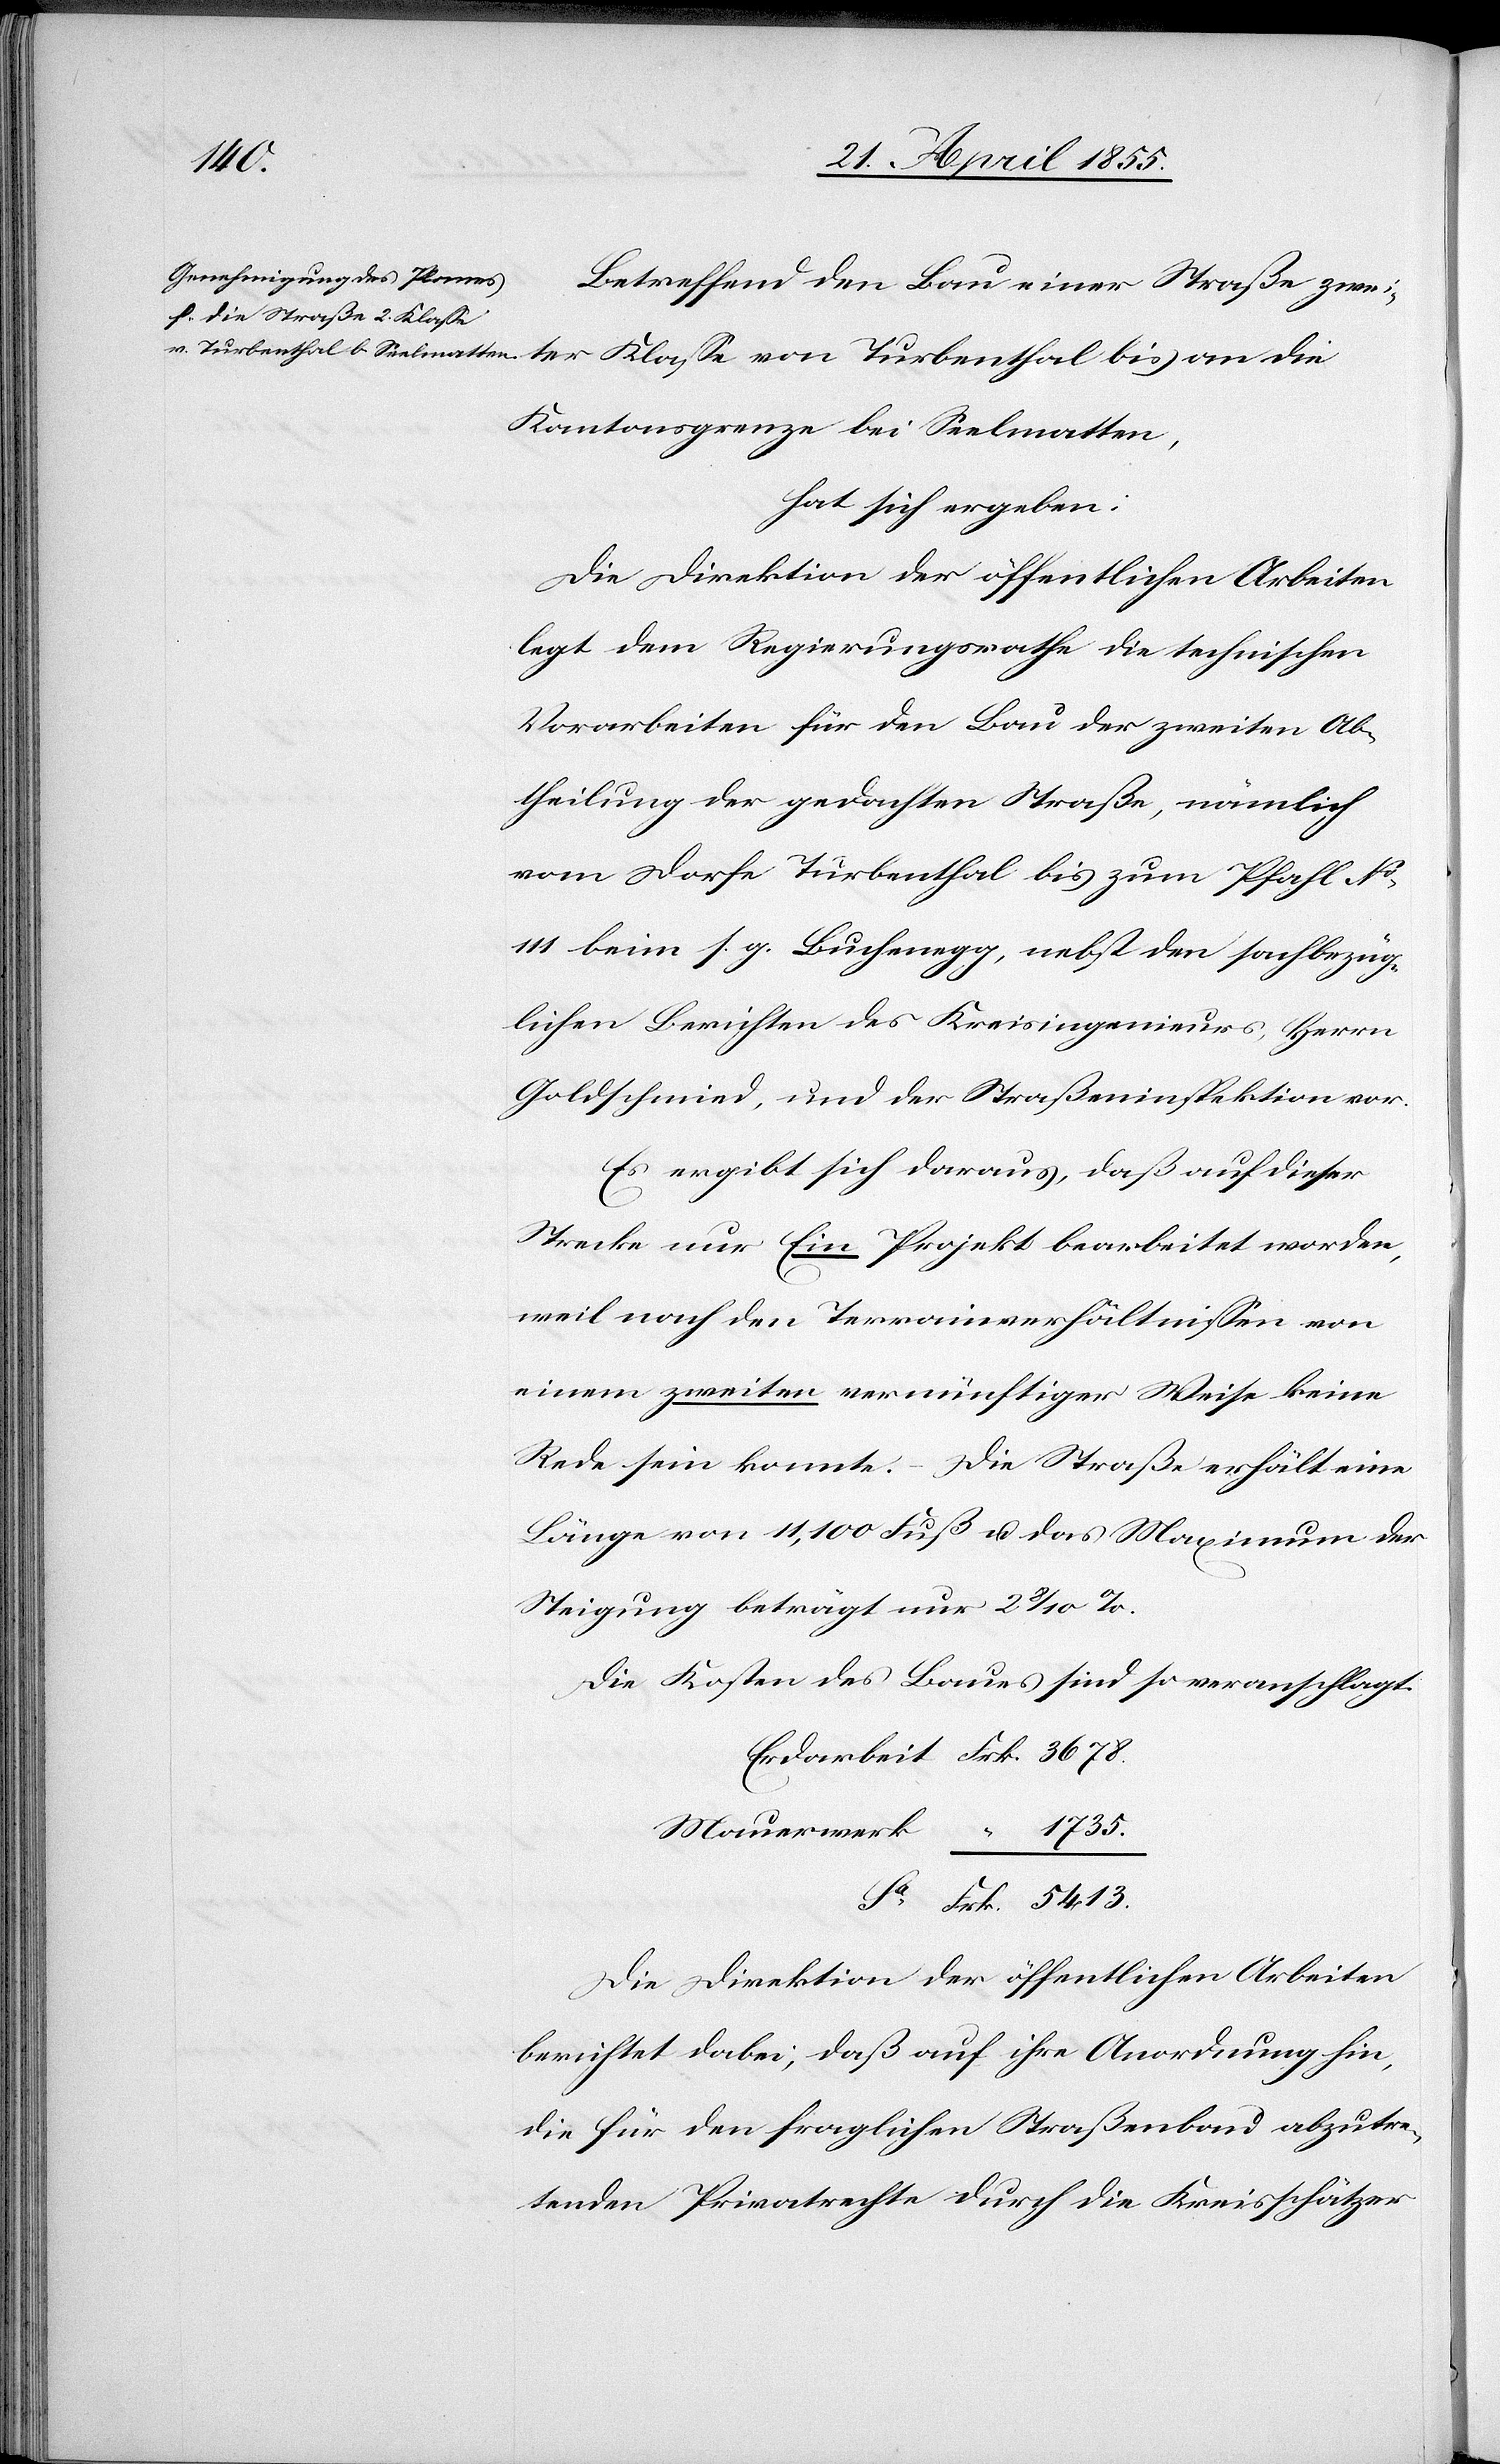
von
Betreffend den Bau einer Straße zwei¬
Kantonsgrenze bei Seelmatten,
hat sich ergeben:
Die Direktion der öffentlichen Arbeiten
legt dem Regierungsrathe die technischen
Vorarbeiten für den Bau der zweiten Ab¬
theilung der gedachten Straße, nämlich
vom Dorfe Turbenthal bis zum Pfahl No
111 beim s. g. Buchenegg, nebst den sachbezüg¬
lichen Berichten des Kreisingenieurs, Herrn
Goldschmied, und der Straßeninspektion vor.
Es ergibt sich daraus, daß auf dieser
Strecke nur Ein Projekt bearbeitet worden,
weil nach den Terrainverhältnissen von
einem zweiten vernünftiger Weise keine
Rede sein konnte. – Die Straße erhält eine
Länge von 11,100 Fuß u. das Maximum der
Steigung beträgt nur 2 8/10 %.
Die Kosten des Baues sind so veranschlagt.
“ 1735.
Mauerwerk
Frk. 5413.
Die Direktion der öffentlichen Arbeiten
berichtet dabei, daß auf ihre Anordnung hin,
die für den fraglichen Straßenbau abzutre¬
tenden Privatrechte durch die Kreisschätzer